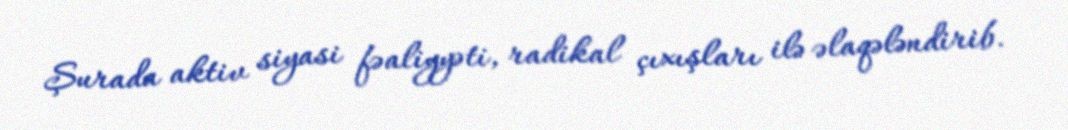
Şurada aktiv siyasi fəaliyyəti, radikal çıxışları ilə əlaqələndirib.